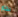
بخار